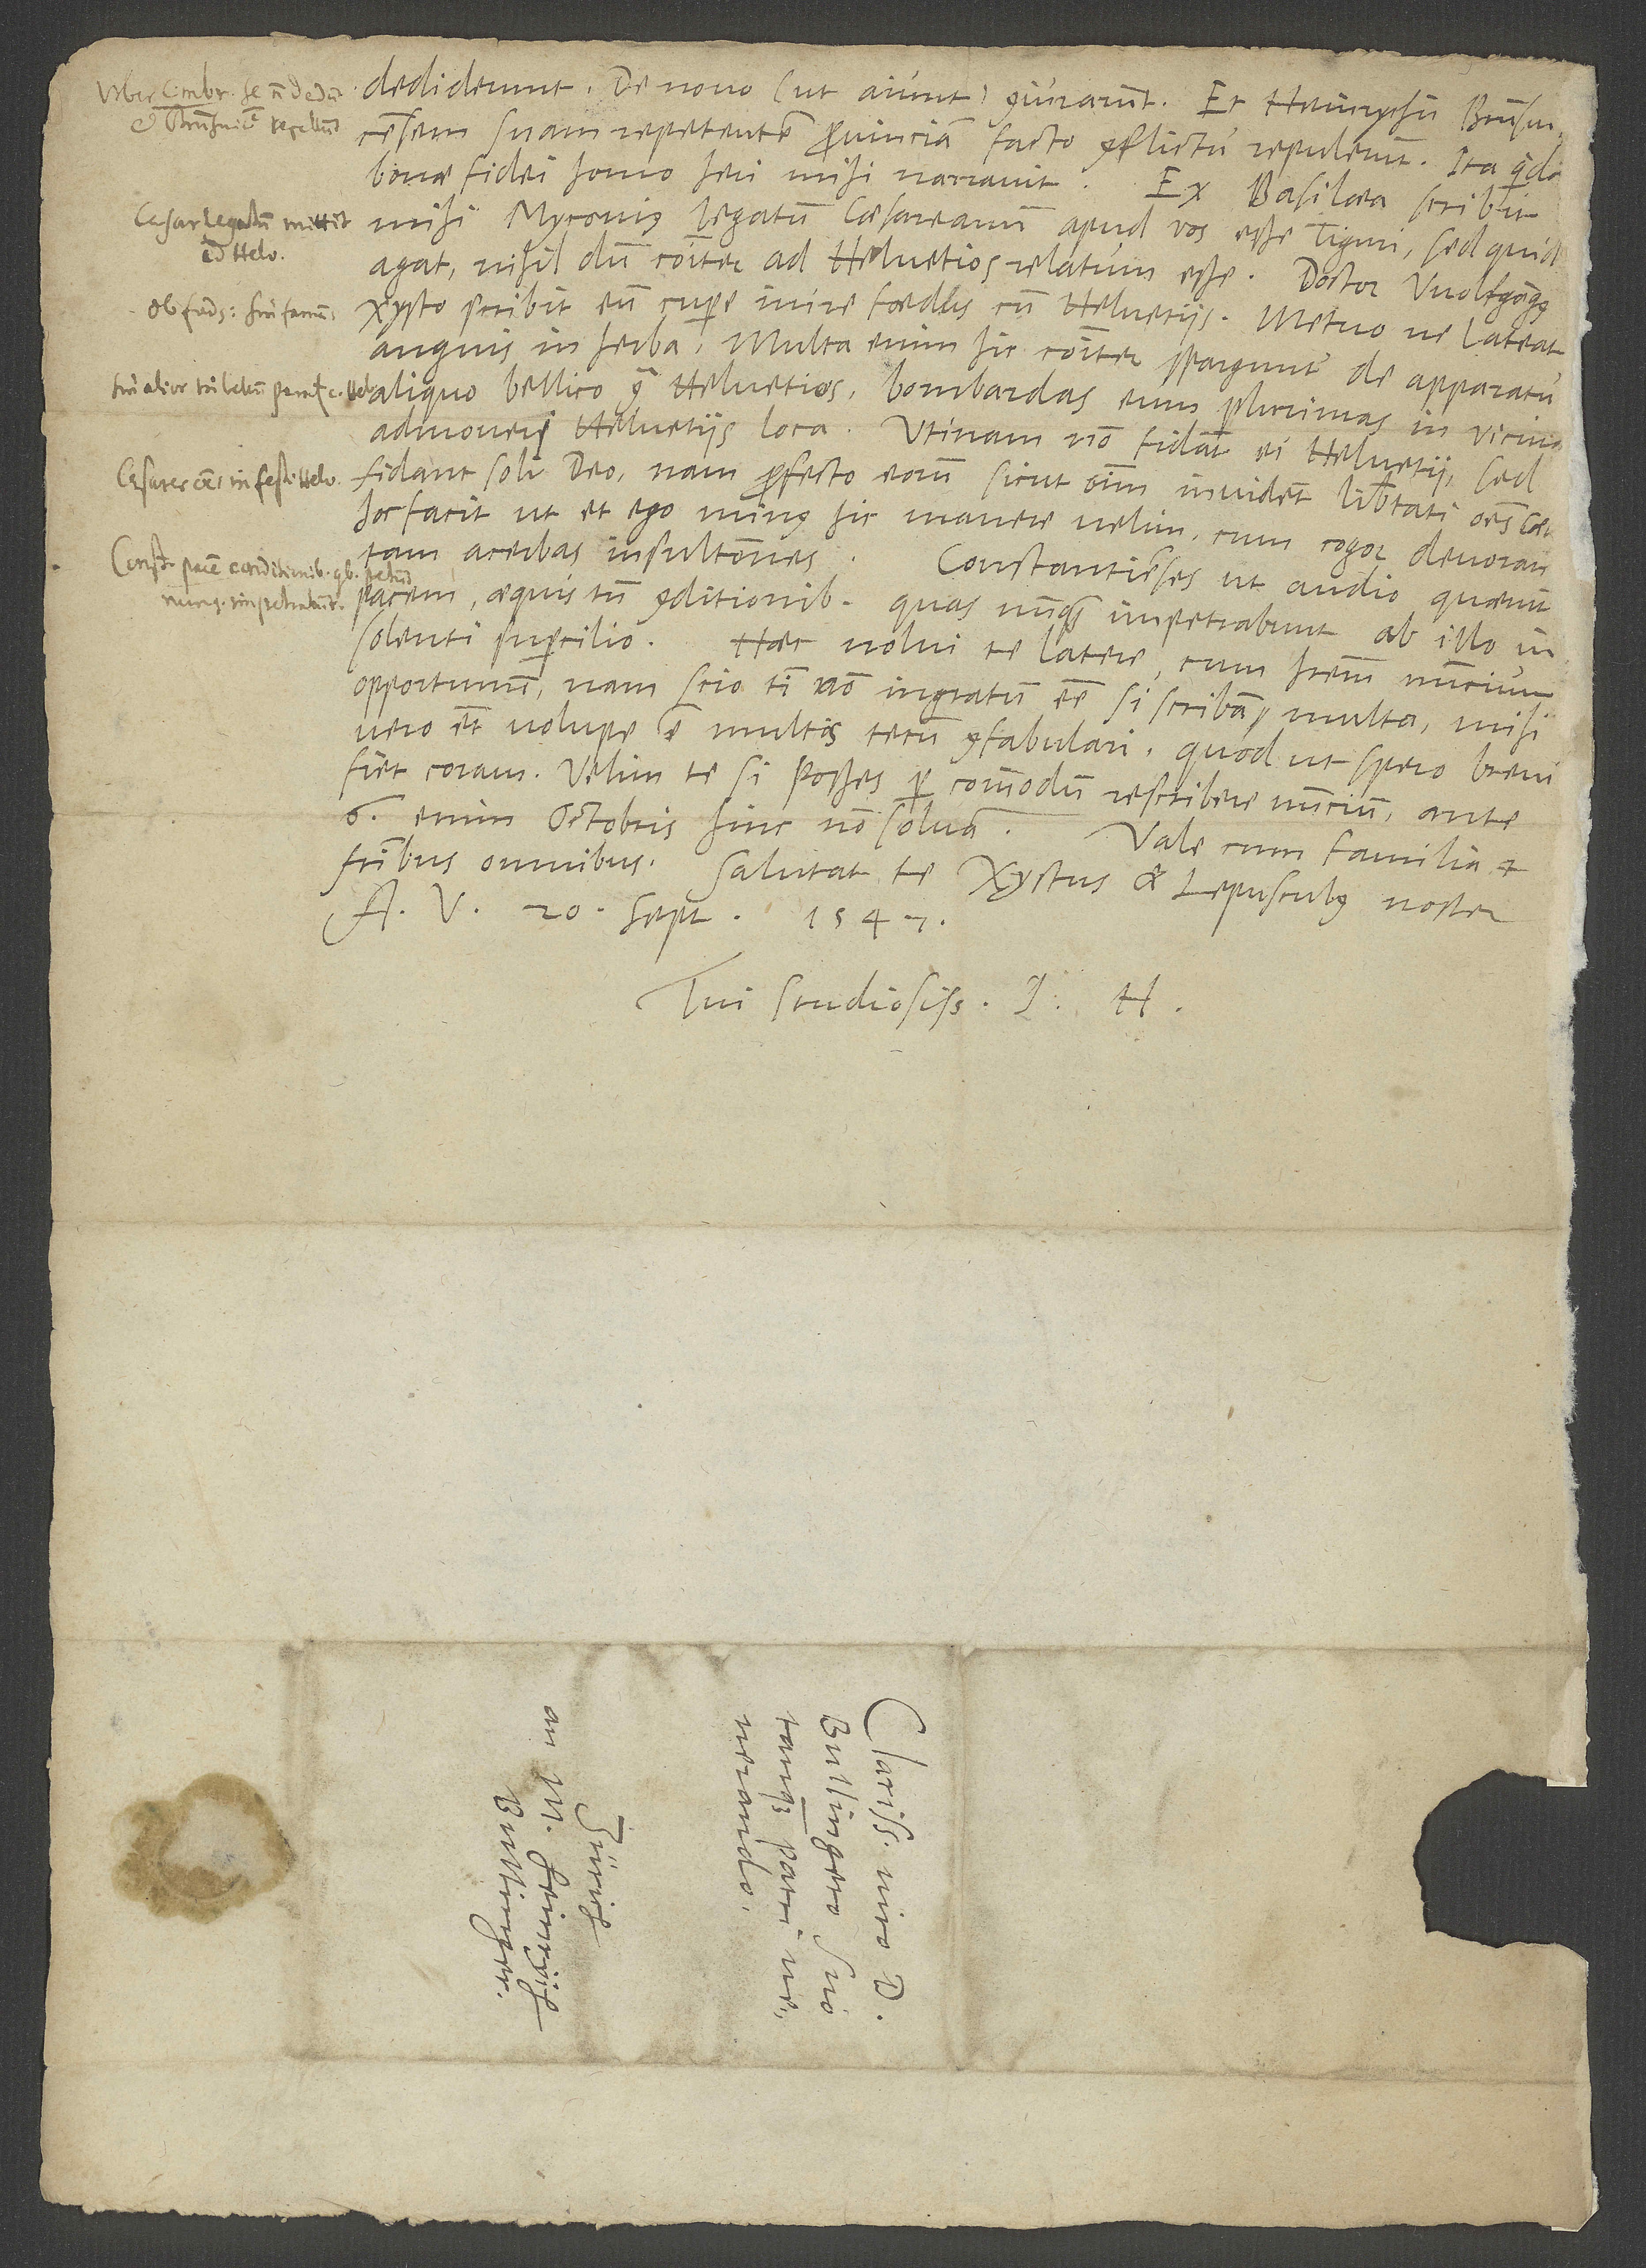
dediderunt. De novo (ut aiunt) coniurarunt et Heinrychum Brunsvicensem
suam repetentem provinciam facto conflictu repulerunt. Ita quidem
bonae fidei homo heri mihi narravit. Ex Basilaea scribit
mihi Myconius legatum caesareanum apud vos esse Tiguri, sed quid
agat, nihildum communiter ad Helvetios relatum esse. Doctor Wolfgangus
Xysto scribit eum cupere inire foedus cum Helvetiis. Metuo ne lateat
anguis in herba. Multa enim hic communiter sparguntur de apparatu
aliquo bellico contra Helvetios; bombardas eum plurimas in vicina
admovere Helvetiis loca. Utinam non fidant ei Helvetii, sed
fidant soli deo! Nam profecto eorum sicut omnium invident libertati omnes caesareani.
Hoc facit, ut et ego minus hic manere velim, cum cogor devorare
tam acerbas insultationes.
d.
Constantienses, ut audio, quaerunt
pacem aequis tamen conditionibus, quas nunquam impetrabunt ab illo
insolenti supercilio.
Haec nolui te latere, cum haberem nuncium
opportunum. Nam scio tibi non ingratum esse, si scribam multa. Mihi
vero etiam volupe est multis tecum confabulari, quod, ut spero, brevi
fiet coram. Velim te, si posses, per commodum rescribere nuncium. Ante
6. enim octobris hinc non solvam. Vale cum familia et
fratribus omnibus. Salutat te Xystus et Lepusculus noster.
A, 20. septembris 1547.
Tui studiosissimus J. H.
S.